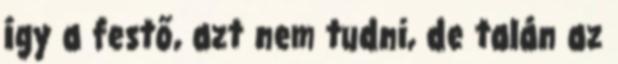
így a festő, azt nem tudni, de talán az